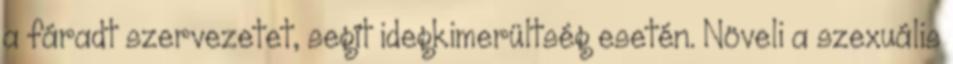
a fáradt szervezetet, segít idegkimerültség esetén. Növeli a szexuális